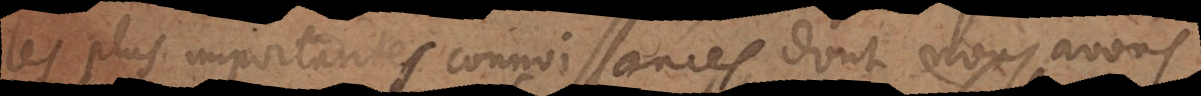
les plus importantes connoissances dont nous avons